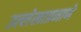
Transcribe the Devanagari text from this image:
उल्लेखाप्रमाणे